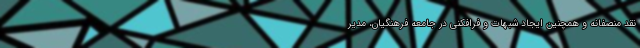
نقد منصفانه و همچنین ایجاد شبهات و فرافکنی در جامعه فرهنگیان، مدیر